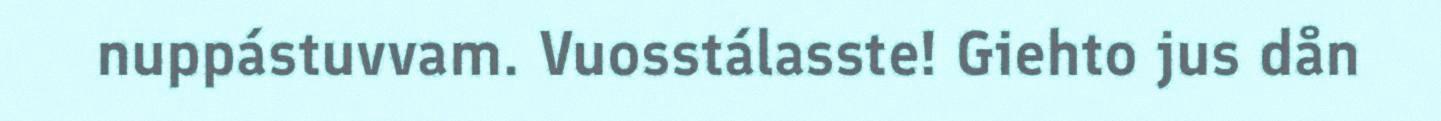
nuppástuvvam. Vuosstálasste! Giehto jus dån